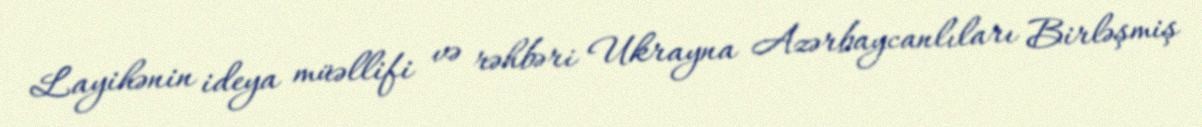
Layihənin ideya müəllifi və rəhbəri Ukrayna Azərbaycanlıları Birləşmiş